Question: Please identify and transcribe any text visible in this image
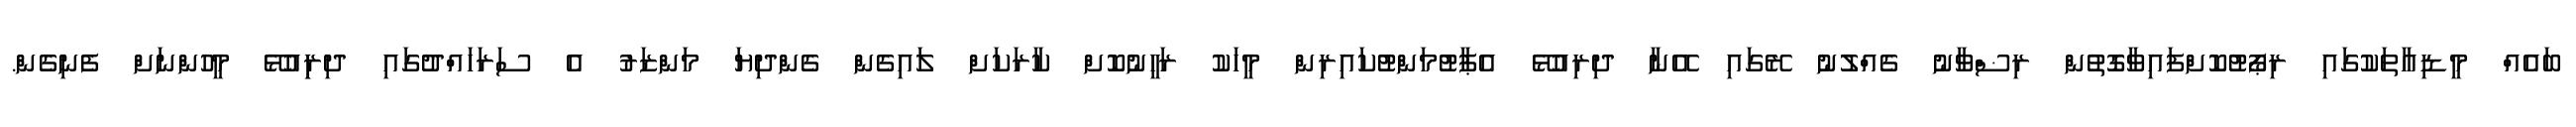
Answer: ބައެއް މީޑިއާތަކުގައި ރިޕޯޓުކޮށްފައިވާގޮތުން ރިޟްވާނު ގެއްލުނު ރޭގައި އޭނާ ދިރިއުޅޭ އެޕާޓުމަންޓުކައިރިން މީހަކު ރަހީނުކޮށް ކާރަކަށް ލައިގެން ގެންދިޔަ މަންޒަރު އެ ސަރަހައްދުގައި ދިރިިއުޅޭ މީހުންނަށް ފެނިގެން.